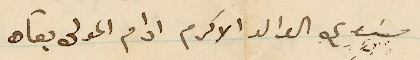
سيدي الوالد الاكرم ادام المولى بقاه